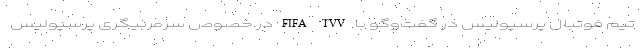
تیم فوتبال پرسپولیس در گفت‌وگو با FIFA TVV در خصوص سرمربیگری پرسپولیس